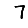
Digit: 7